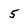
Character: 5